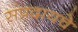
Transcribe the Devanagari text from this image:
संप्रदायचे